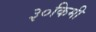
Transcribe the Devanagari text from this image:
३०किमी